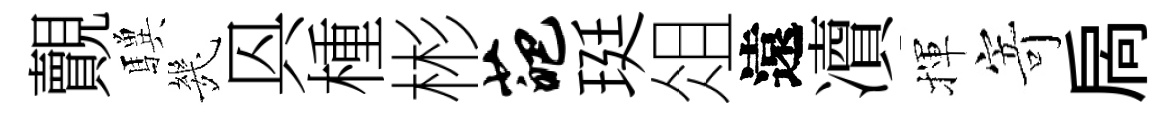
覿驥㡬㒷㮔彬葩珽俎遠凟揮寄扄